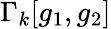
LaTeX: \Gamma_{k}[g_{1},g_{2}]